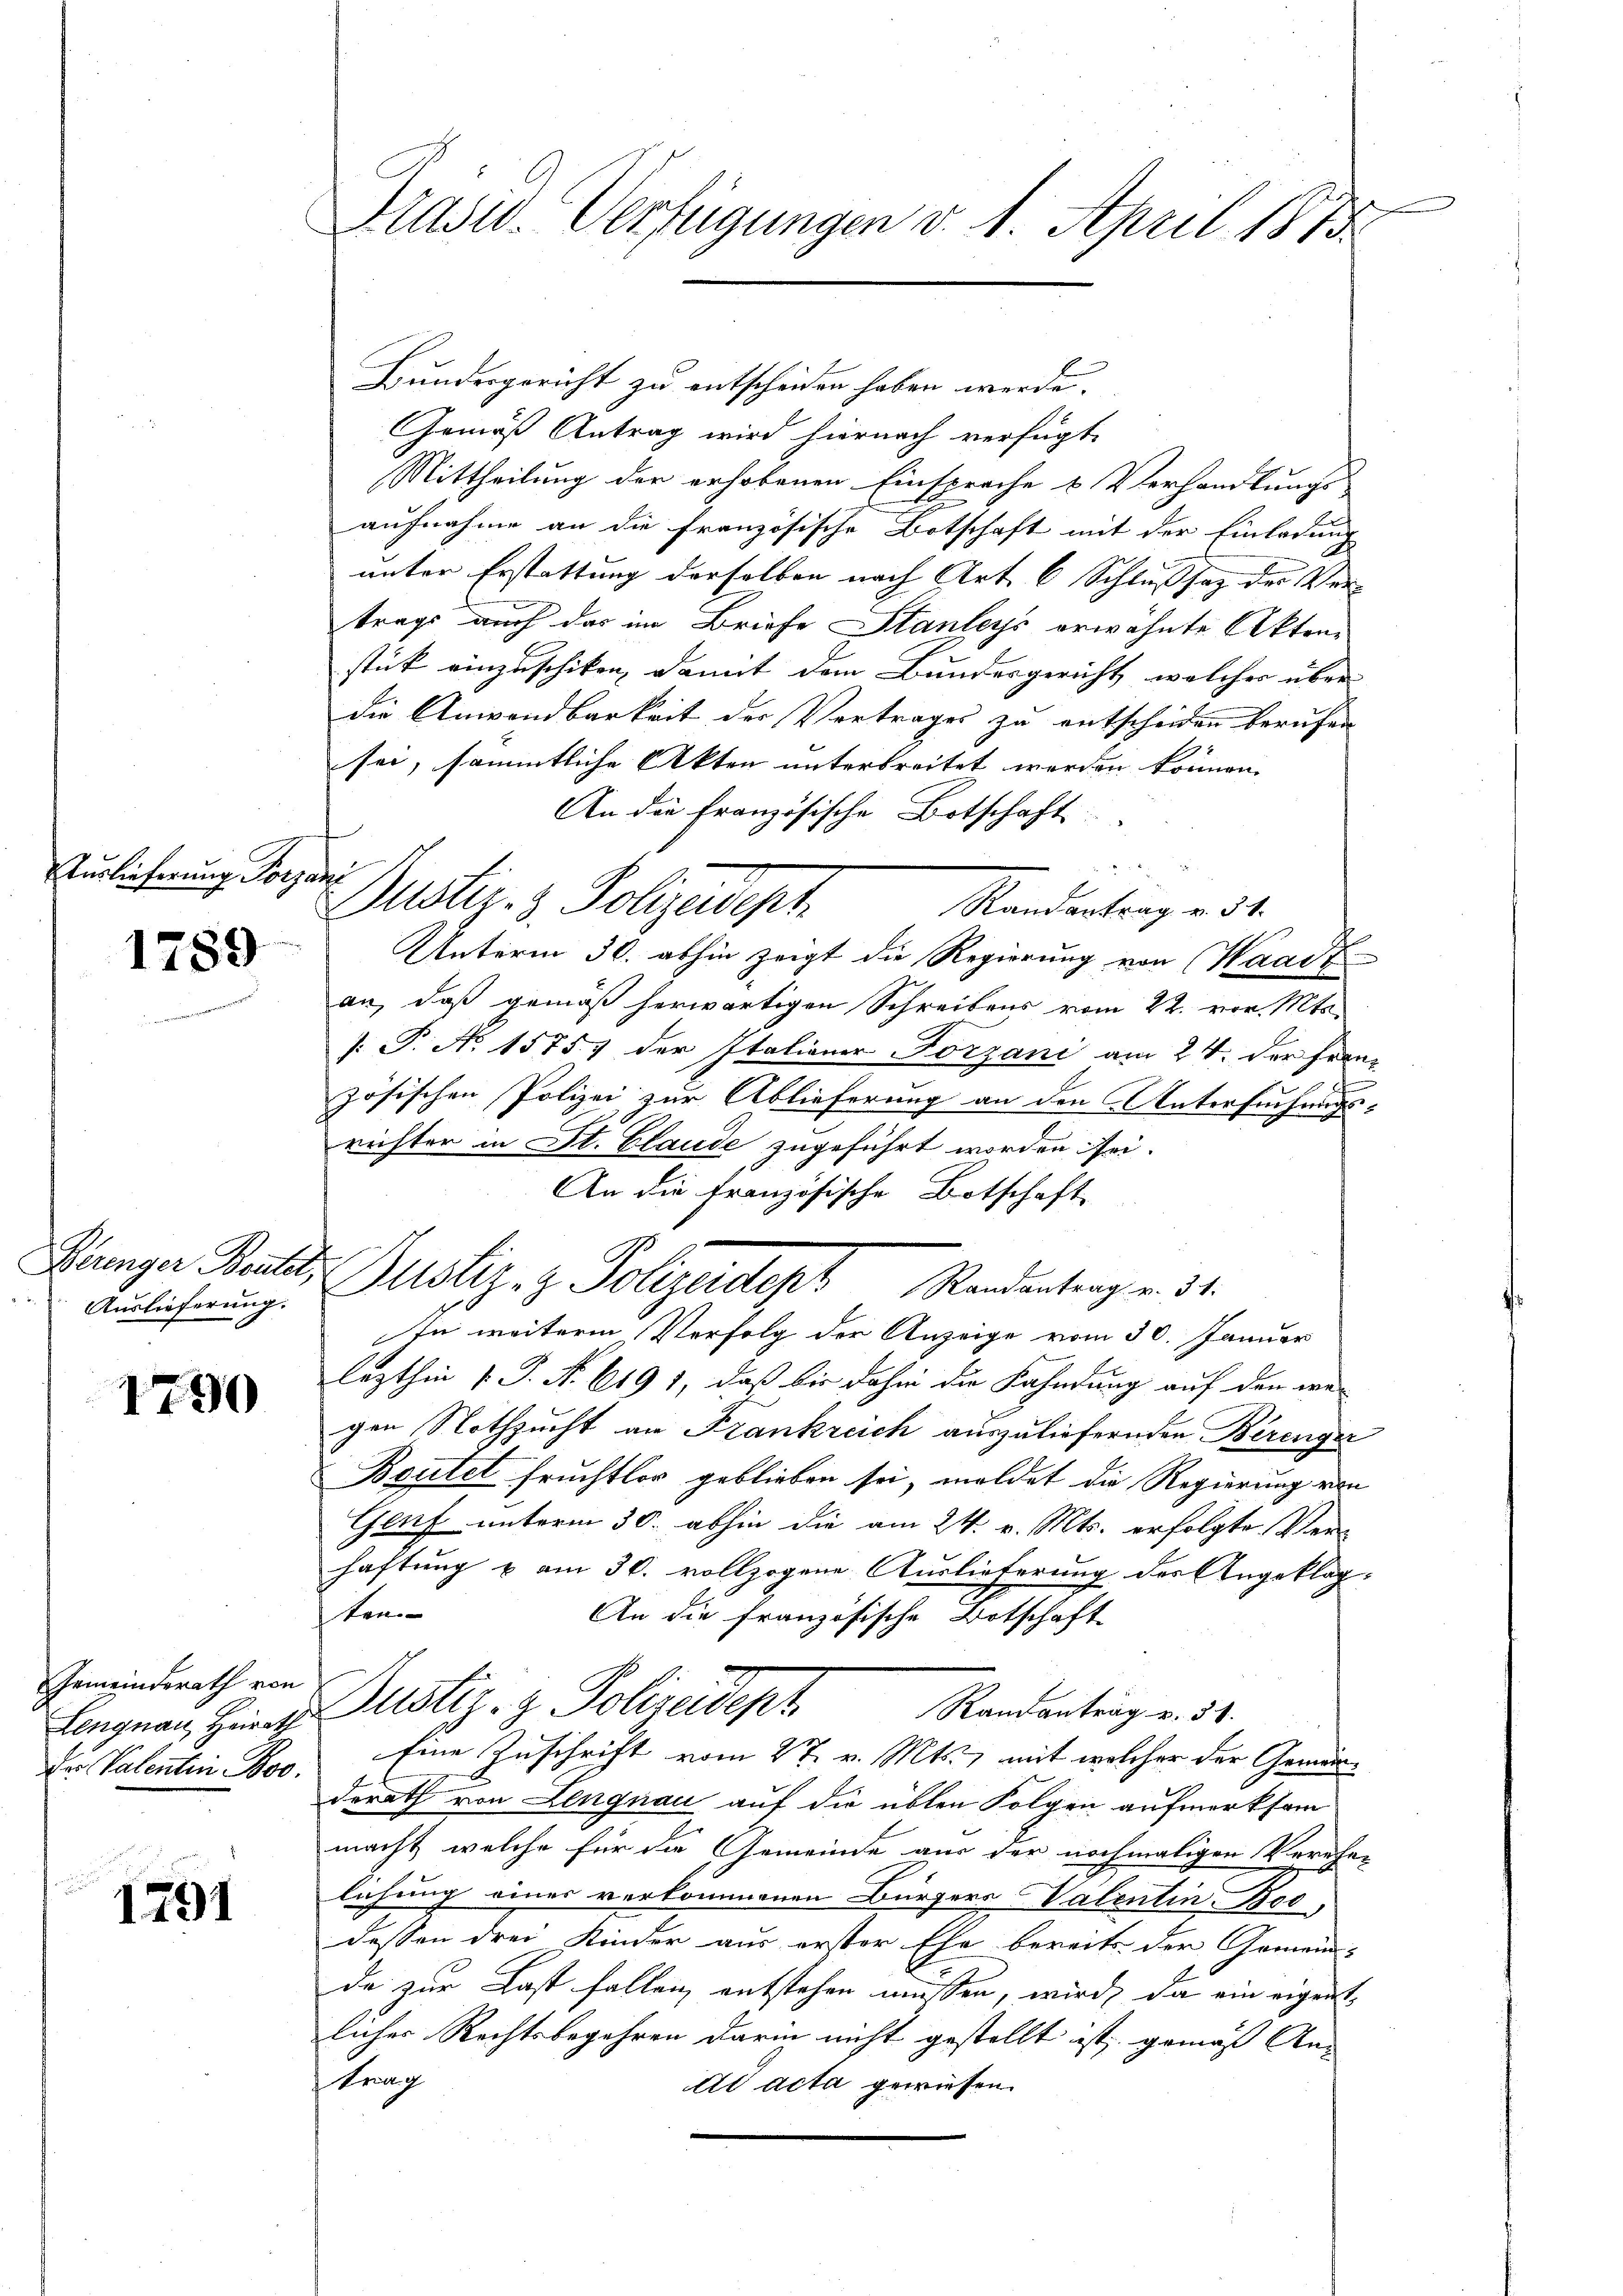
Turlieferung Porze

1789

Deringer Bentel,
Auslieferung.

1790

Gemeinderath von
Lengnau, Heirath
Der Valenten Boo.

1791

Präsid. Verfügungen v. 1. April 1873

ich

Bundesgericht zu entscheiden haben werde.
Gemäß Antrag wird hiernach verfügt:
Mittheilung der erhobenen Einsprache & Verhandlungs
aufnahme an die französische Botschaft mit der Einladung
unter Erstattung derselben nach Art. 6 Schlußsaz der Ver-
trags auch das im Briefe Stanleys erwähnte Aktenstück einzuschiken, damit dem Bundesgericht, welcher über
die Anwendbarkeit der Vertrages zu entscheiden berufen
sei, sämmtliche Akten unterbreitet werden können. |
An die französische Botschaft
Randantrag v. 31.
Unterm 30. abhin zeigt die Regierung von Waadt-
an, daß gemäß herwärtigen Schreibens vom 22. vor. Mts.
[T. No. 1575) der Italiener Forzani am 24. der Fran
zösischen Polizei zur Ablieferung an den Untersuchungsrichter in St. Claude zugeführt worden sei.
An die französische Botschaft
Justiz- & Polizeident Mandentragen d.
In weitere Verfolg der Anzeige vom 30. Januar
lezthin 1. P. Nr. 6191, daß bis dahin die Fahndung auf den we
gen Nothzucht an Frankreich auszuliefernden Berenger
Beutet fruchtlor geblieben sei, meldet die Regierung von
Genf unterm 30. abhin die am 24. v. Mts. erfolgte Ver-
haftung u am 30. vollzogene Auslieferung des Angeklagten
An die französische Botschaft
Justiz- & Polizeidept
Randantrag v. 51.
Eine Zuschrift vom 27. v. Mts., mit welcher der Gemeinderath von Lengnau auf die üblen Folgen aufmerksam
macht, welche für die Gemeinde aus der nochmaligen Verehe-
lichung eines verkommenen Bürgers Valentin Bes
dessen drei Kinder aus erster Ehe bereits der Gemein-
da zur Last fallen, entstehen müssen, wird, da ein eigentlicher Rechtsbegehren darin nicht gestellt ist; gemäss An-
trang
dd acta gewiesen.

Justiz- & Polizeidept